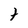
Character: t